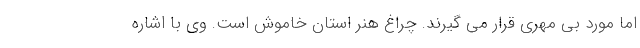
اما مورد بی مهری قرار می گیرند. چراغ هنر استان خاموش است. وی با اشاره